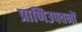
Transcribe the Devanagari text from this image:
प्राणिउपवनों